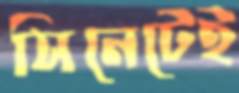
সিনেটেই